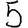
Digit: 5